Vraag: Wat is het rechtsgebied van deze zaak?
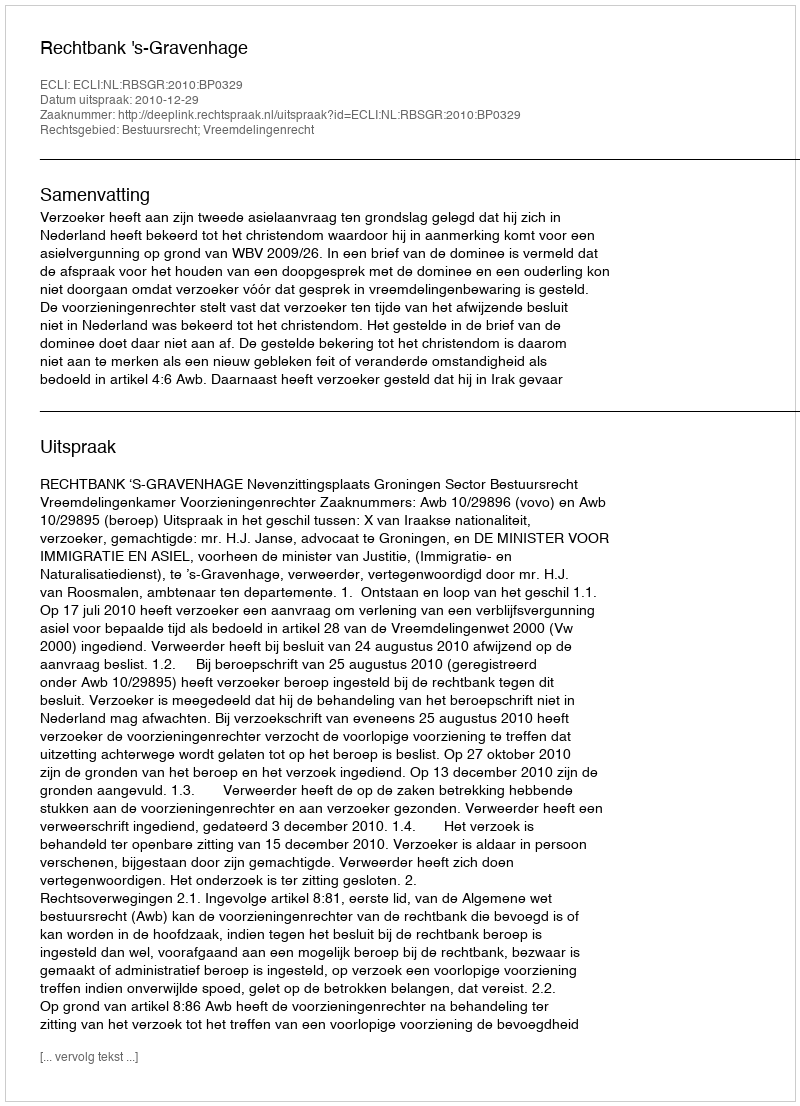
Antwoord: Bestuursrecht; Vreemdelingenrecht